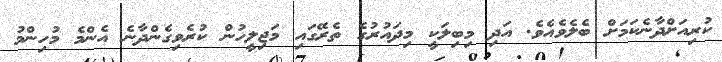
ކުރިއަށްދާނެކަމަށް ބެލެވެއެވެ. އަދި މިބިލަކީ މިދައުރުގެ ތެރޭގައި މަޖިލީހުން ކުރެވިގެންދާނެ އެންމެ މުހިންމު